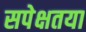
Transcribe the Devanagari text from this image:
सपेक्षतया